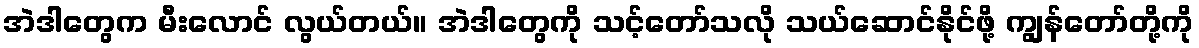
အဲဒါတွေက မီးလောင် လွယ်တယ်။ အဲဒါတွေကို သင့်တော်သလို သယ်ဆောင်နိုင်ဖို့ ကျွန်တော်တို့ကို